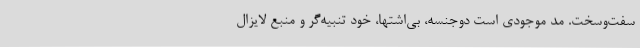
سفت‌وسخت. مُد موجودی است دوجنسه، بی‌اشتها، خود تنبیه‌گر و منبع لایزال